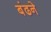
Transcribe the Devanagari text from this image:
बंढने